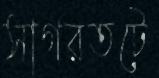
সাগরতটে